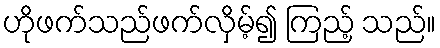
ဟိုဖက်သည်ဖက်လှိမ့်၍ ကြည့် သည်။